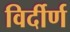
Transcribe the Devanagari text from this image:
विर्दीर्ण